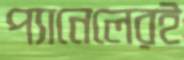
প্যানেলেরই